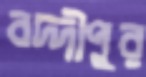
বদ্দীপুর